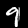
Label: 9